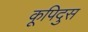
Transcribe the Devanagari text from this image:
कूपिदुस